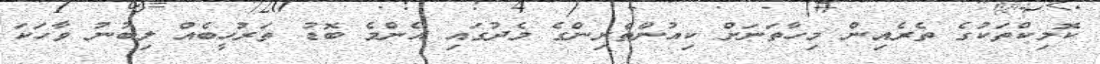
ކޮމިކްތަކުގެ ތެރެއިން މިހާތަނަށް ކިއުންތެރިންގެ މެދުގައި އެންމެ ބޮޑު ތަރުހީބެއް ލިބުނު ވާހަކަ